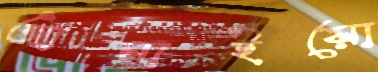
আনাইয়ো